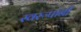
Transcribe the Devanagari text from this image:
स्वरूपांनी